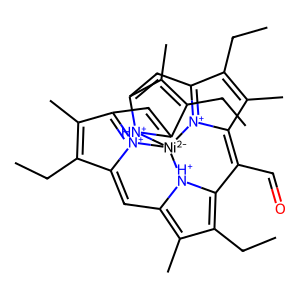
SMILES: CCC1=C(C)C2=[N+]3C1=CC1=C(C)C(CC)=C4C(C=O)=C5C(C)=C(CC)C6=[N+]5[Ni-2]3([NH+]3C(=C6)C(C)=C(CC)C3=C2)[NH+]14
Inhibits HIV replication: No